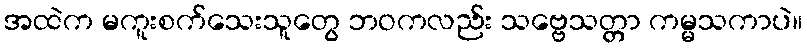
အထဲက မကူးစက်သေးသူတွေ ဘဝကလည်း သဗ္ဗေသတ္တာ ကမ္မသကာပဲ။